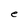
Character: e